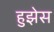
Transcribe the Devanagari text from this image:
हुझेस